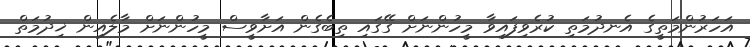
އަހަރުންމަތީގެ އެނދުމަތި ކުރެވިފައިވާ މީހުންނަށް ގޭގައި ތިބެގެން އަށާވީސް މީހުންނަށް މާލެއިން ޚިދުމަތް